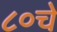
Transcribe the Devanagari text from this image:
८०चे